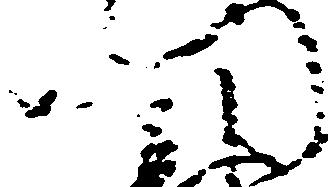
門